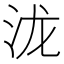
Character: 泷